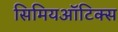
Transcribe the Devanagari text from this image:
सिमियऑटिक्स